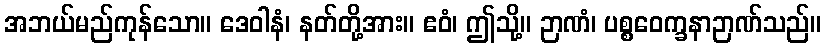
အဘယ်မည်ကုန်သော။ ဒေဝါနံ၊ နတ်တို့အား။ ဧဝံ၊ ဤသို့။ ဉာဏံ၊ ပစ္စဝေက္ခနာဉာဏ်သည်။